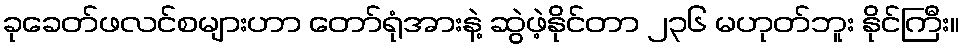
ခုခေတ်ဖလင်စများဟာ တော်ရုံအားနဲ့ ဆွဲဖဲ့နိုင်တာ ၂၃၆ မဟုတ်ဘူး နိုင်ကြီး။